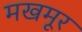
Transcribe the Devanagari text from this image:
मखमूर